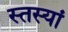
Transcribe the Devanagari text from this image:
स्तस्यां